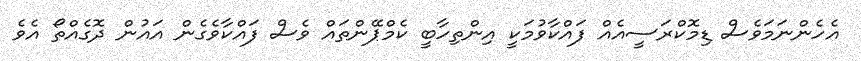
އެހެންނަމަވެސް ޑިމޮކްރަސީއެއް ފައްކާވުމަކީ އިންތިހާބީ ކެމްޕޭންތައް ވެސް ފައްކާވެގެން އައުން ދޮގެއްތޯ އެވެ